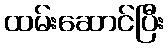
ထမ်းဆောင်ပြီး